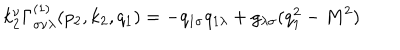
LaTeX: k _ { 2 } ^ { \nu } \Gamma _ { \sigma \nu \lambda } ^ { ( 1 ) } ( p _ { 2 } , k _ { 2 } , q _ { 1 } ) = - q _ { 1 \sigma } q _ { 1 \lambda } + g _ { \lambda \sigma } ( q _ { 1 } ^ { 2 } - M ^ { 2 } )